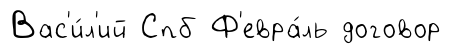
Вас'и́л'ий Спб Ф'евра́ль договор